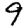
Digit: 9